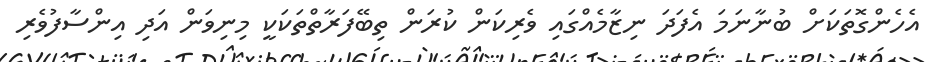
އެހެންގޮތަކަށް ބުނާނަމަ އެފަދަ ނިޒާމެއްގައި ވެރިކަން ކުރަން ތިބޭފަރާތްތަކަކީ މިނިވަން އަދި އިންސާފުވެރި